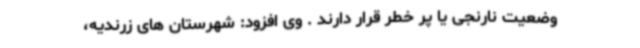
وضعیت نارنجی یا پر خطر قرار دارند . وی افزود: شهرستان های زرندیه،